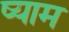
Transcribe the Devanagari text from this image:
ष्याम